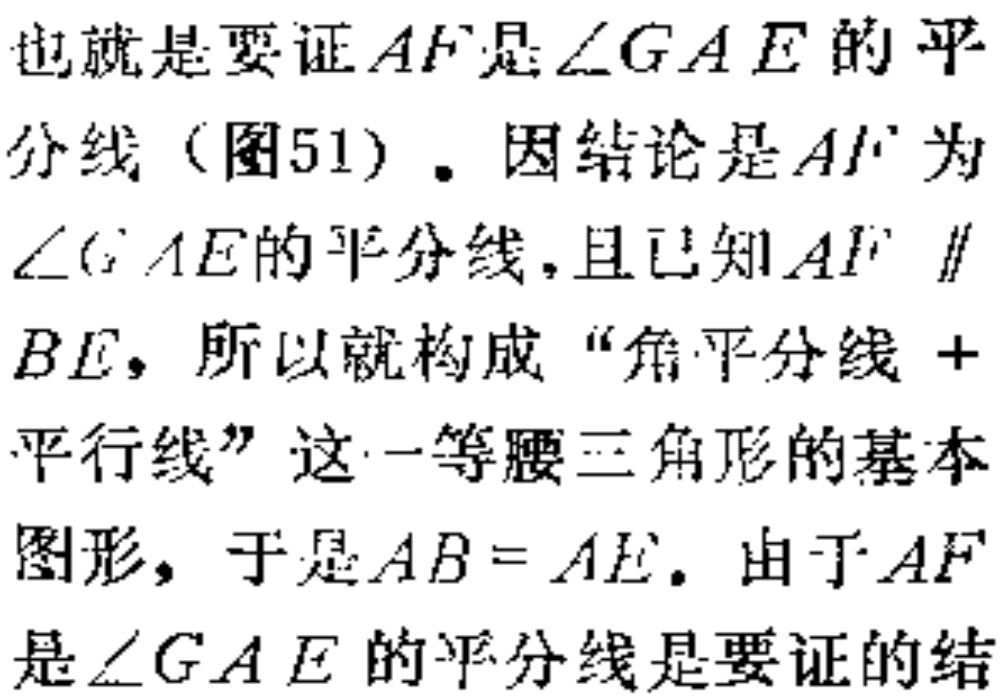
也就是要证\(AF\)是\(\angle GAE\)的平

分线（图51）. 因结论是\(AF\)为

\(\angle GAE\)的平分线，且已知\(AF\parallel\)

\(BE\)，所以就构成“角平分线+

平行线”这一等腰三角形的基本

图形，于是\(AB = AE\). 由于\(AF\)

是\(\angle GAE\)的平分线是要证的结